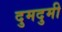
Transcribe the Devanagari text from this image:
दुमदुमी